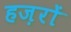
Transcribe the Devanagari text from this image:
हज़रों